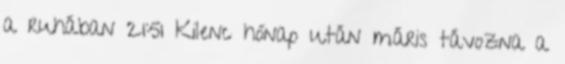
a ruhában 21:51 Kilenc hónap után máris távozna a